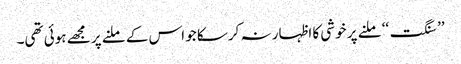
’’ سنگت‘‘ ملنے پر خوشی کا اظہار نہ کرسکا جو اس کے ملنے پر مجھے ہوئی تھی۔